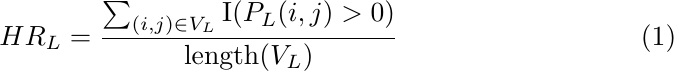
\begin{equation}
\label{eq:3}
    HR_{L} = \frac{\sum_{(i, j) \in V_{L}} \text{I}(P_{L}(i, j) > 0)}{\text{length}(V_{L})}
\end{equation}